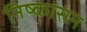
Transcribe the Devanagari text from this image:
निष्‍कासन